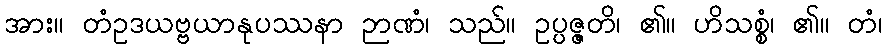
အား။ တံဥဒယဗ္ဗယာနုပဿနာ ဉာဏံ၊ သည်။ ဥပ္ပဇ္ဇတိ၊ ၏။ ဟိသစ္စံ၊ ၏။ တံ၊